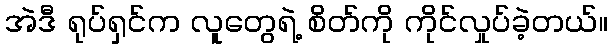
အဲဒီ ရုပ်ရှင်က လူတွေရဲ့ စိတ်ကို ကိုင်လှုပ်ခဲ့တယ်။